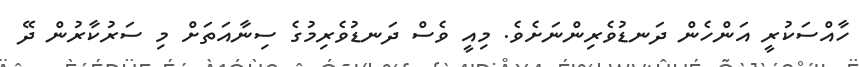
ހާއްސަކުރީ އަންހެން ދަނޑުވެރިންނަށެވެ. މިއީ ވެސް ދަނޑުވެރިމުގެ ސިނާއަތަށް މި ސަރުކާރުން ދޭ